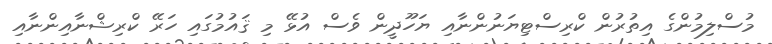
މުސްލިމުންގެ އިތުރުން ކްރިސްޓިޔަނުންނާއި ޔަހޫދީން ވެސް އުޅޭ މި ޤައުމުގައި ހަރޭ ކްރިޝްނާއިންނާއި